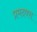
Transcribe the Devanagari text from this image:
प्रमदवरा